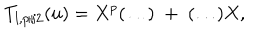
LaTeX: T _ { l , p / 2 } ( u ) = X ^ { p } ( \ldots ) \; + \; ( \ldots ) X ,